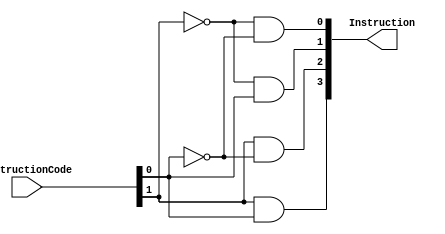
module InstructionDecoder(output [3:0] Instruction, input [1:0] InstructionCode);

	and and1(Instruction[0], ~InstructionCode[1], ~InstructionCode[0]);
	and and2(Instruction[1], ~InstructionCode[1], InstructionCode[0]);
	and and3(Instruction[2], InstructionCode[1], ~InstructionCode[0]);
	and and4(Instruction[3], InstructionCode[1], InstructionCode[0]);

endmodule


/*********************


Instruction[0] = Add
Instruction[1] = Jump


********************/